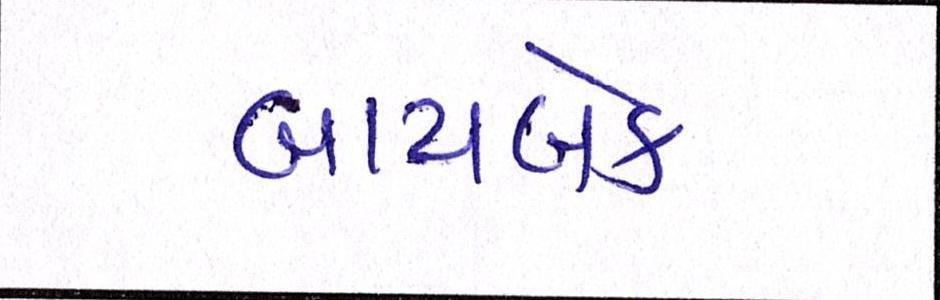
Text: બાયબેક